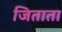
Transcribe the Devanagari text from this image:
जिताता